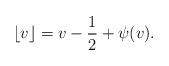
LaTeX: \begin{align*}\lfloor v\rfloor=v-\frac{1}{2}+\psi(v).\end{align*}